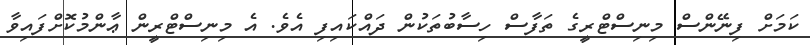
ކަމަށް ފިނޭންސް މިނިސްޓްރީގެ ތަފާސް ހިސާބުތަކުން ދައްކައިފި އެވެ. އެ މިނިސްޓްރީން ޢާންމުކޮށްފައިވާ